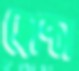
হোম্স